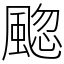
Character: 䬍